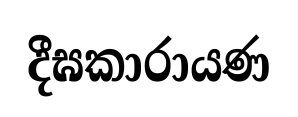
දීඝකාරායණ